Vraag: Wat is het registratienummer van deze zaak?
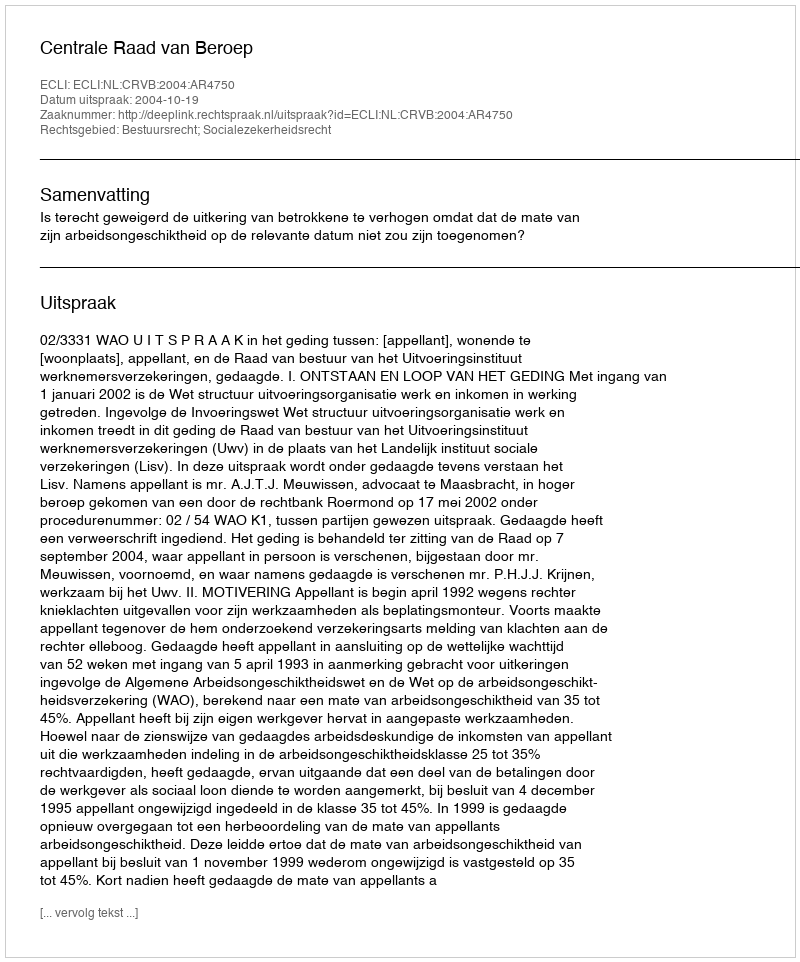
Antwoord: http://deeplink.rechtspraak.nl/uitspraak?id=ECLI:NL:CRVB:2004:AR4750